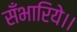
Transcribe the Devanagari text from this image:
सँभारिये।।